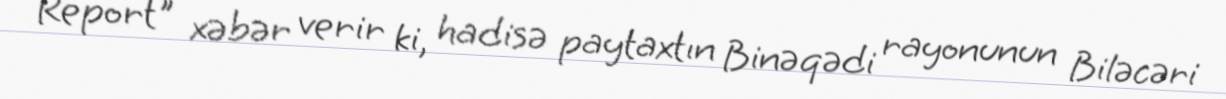
Report" xəbər verir ki, hadisə paytaxtın Binəqədi rayonunun Biləcəri